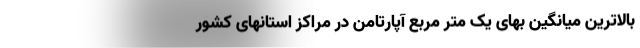
بالاترین میانگین بهای یک متر مربع آپارتامن در مراکز استانهای کشور